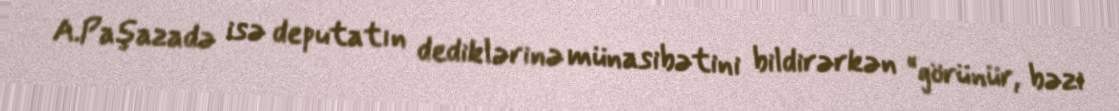
A.Paşazadə isə deputatın dediklərinə münasibətini bildirərkən “görünür, bəzi